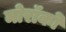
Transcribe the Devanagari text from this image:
मोरॉको